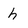
Character: h